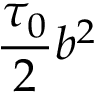
\frac { \tau _ { 0 } } { 2 } b ^ { 2 }